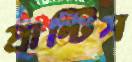
প্রান্টিস